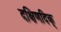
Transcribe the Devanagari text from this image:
दक्षिणदिक्